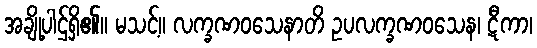
အချို့ပါဌ်ရှိ၏။ မသင့်။ လက္ခဏဝသေနာတိ ဥပလက္ခဏဝသေန၊ ဋီကာ၊